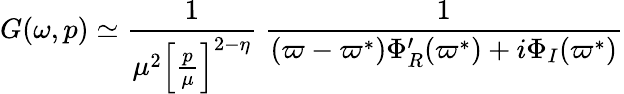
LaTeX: G(\omega,p)\simeq\frac{1}{\mu^{2}\left[\frac{p}{\mu}\right]^{2-\eta}}~\frac{1}{(\varpi-\varpi^{*})\Phi_{R}^{\prime}(\varpi^{*})+i\Phi_{I}(\varpi^{*})}